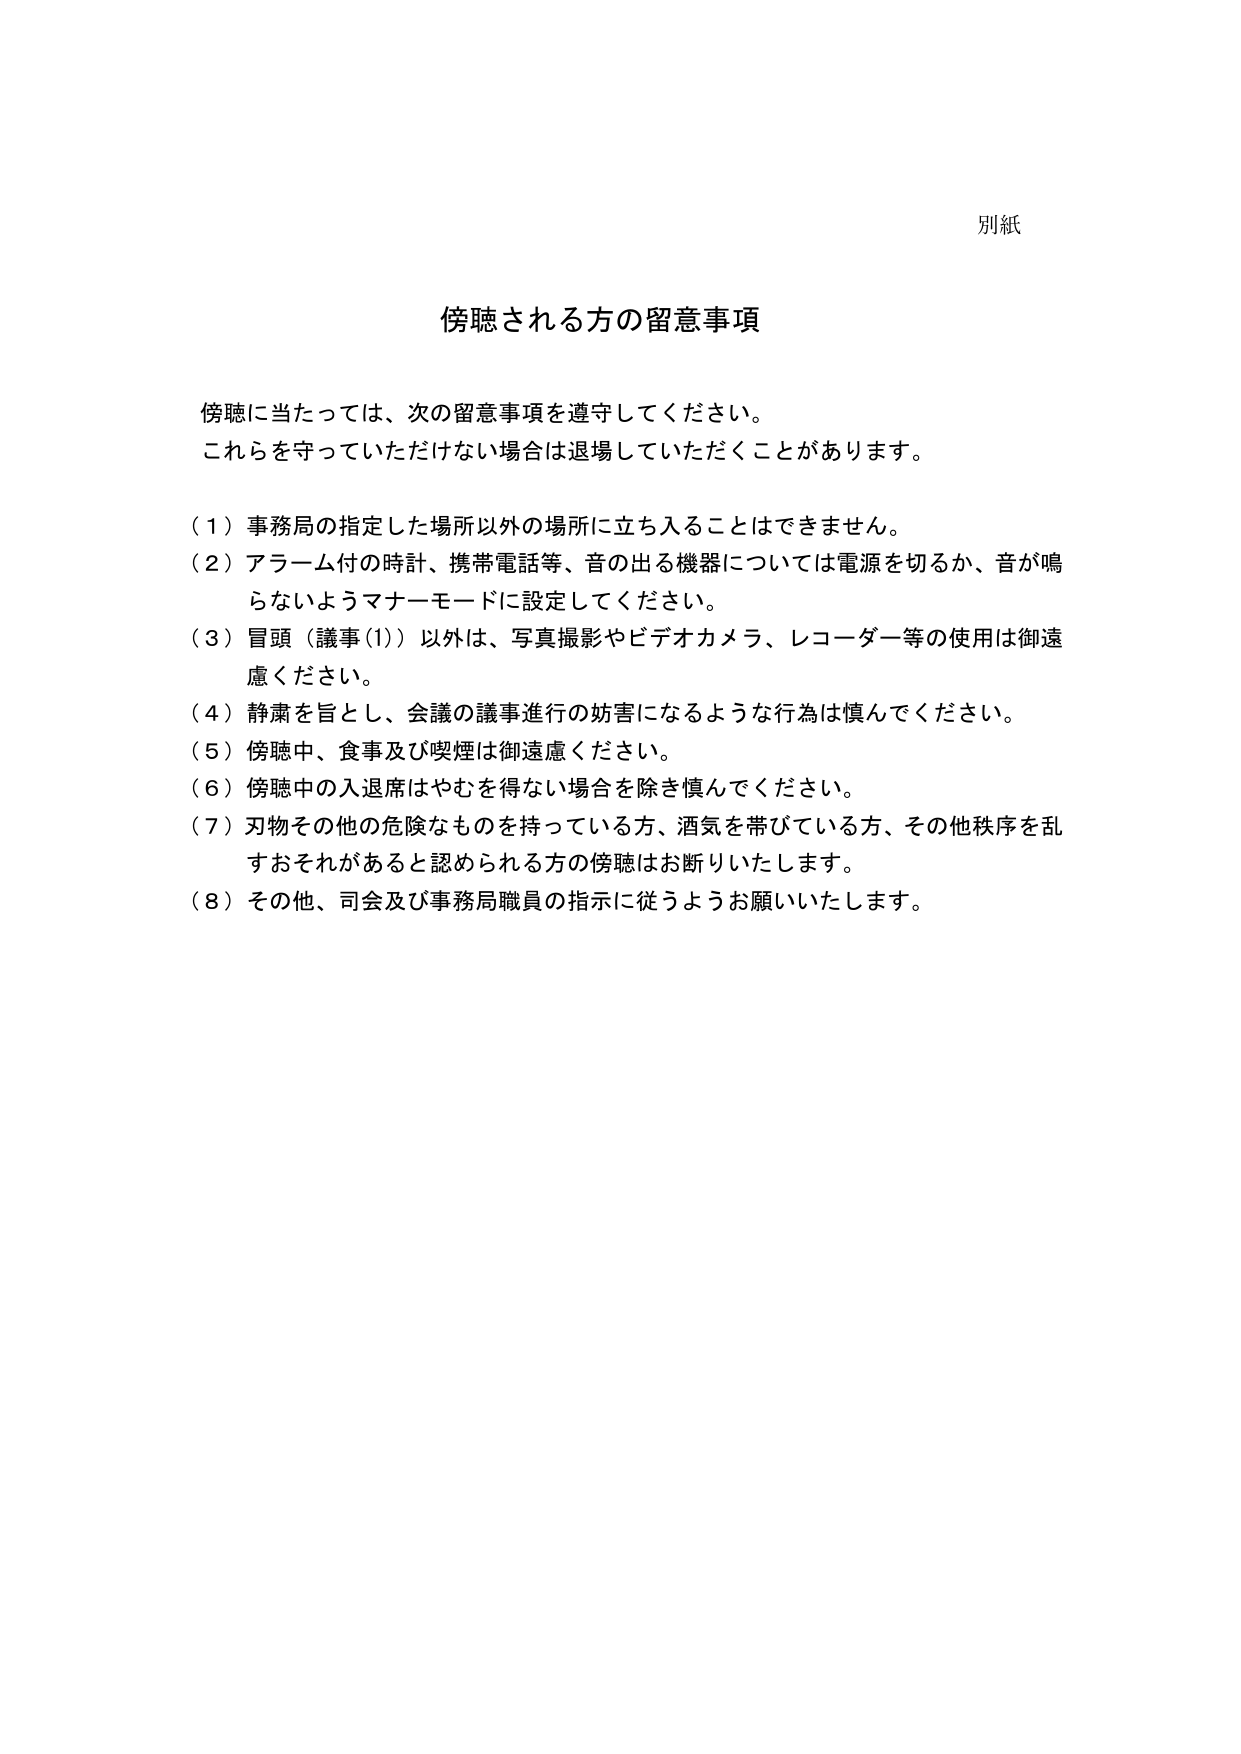
別紙

傍聴される方の留意事項

傍聴に当たっては、次の留意事項を遵守してください。
これらを守っていただけない場合は退場していただくことがあります。

（１）事務局の指定した場所以外の場所に立ち入ることはできません。
（２）アラーム付の時計、携帯電話等、音の出る機器については電源を切るか、音が鳴らないようマナーモードに設定してください。
（３）冒頭（議事(1)）以外は、写真撮影やビデオカメラ、レコーダー等の使用は御遠慮ください。
（４）静粛を旨とし、会議の議事進行の妨害になるような行為は慎んでください。
（５）傍聴中、食事及び喫煙は御遠慮ください。
（６）傍聴中の入退席はやむを得ない場合を除き慎んでください。
（７）刃物その他の危険なものを持っている方、酒気を帯びている方、その他秩序を乱すおそれがあると認められる方の傍聴はお断りいたします。
（８）その他、司会及び事務局職員の指示に従うようお願いいたします。